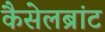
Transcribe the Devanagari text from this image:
कैसेलब्रांट